Indian journal of veterinary science and animal husbandry - Volumes 22-23, 1952-1953
Year: 1952
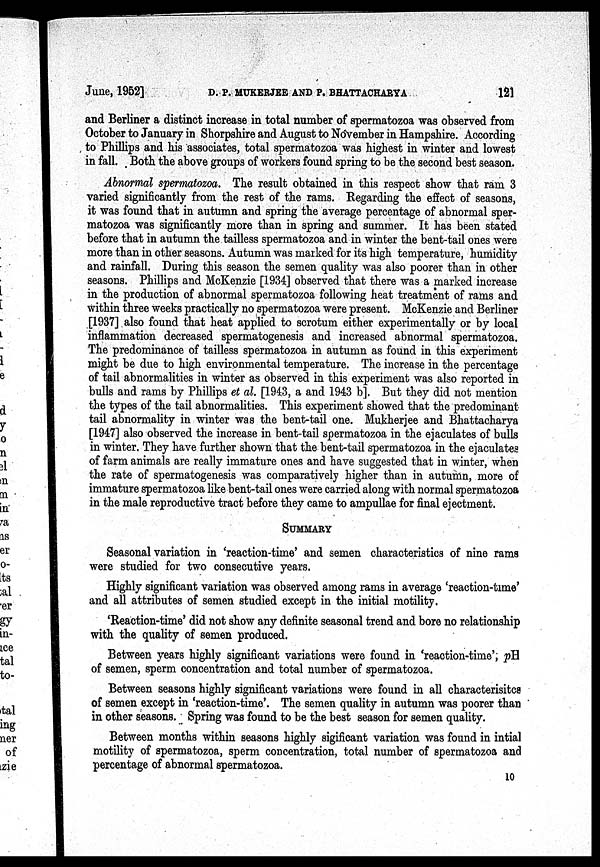
June, 1952] D. P. MUKHERJEE AND P. BHATTACHARYA 121
and Berliner a distinct increase in total number of spermatozoa was observed from
October to January in Shorpshire and August to November in Hampshire. According
to Phillips and his associates, total spermatozoa was highest in winter and lowest
in fall. Both the above groups of workers found spring to be the second best season.
Abnormal spermatozoa. The result obtained in this respect show that ram 3
varied significantly from the rest of the rams. Regarding the effect of seasons,
it was found that in autumn and spring the average percentage of abnormal sper-
matozoa was significantly more than in spring and summer. It has been stated
before that in autumn the tailless spermatozoa and in winter the bent-tail ones were
more than in other seasons. Autumn was marked for its high temperature, humidity
and rainfall. During this season the semen quality was also poorer than in other
seasons. Phillips and McKenzie [1934] observed that there was a marked increase
in the production of abnormal spermatozoa following heat treatment of rams and
within three weeks practically no spermatozoa were present. McKenzie and Berliner
[1937] also found that heat applied to scrotum either experimentally or by local
inflammation decreased spermatogenesis and increased abnormal spermatozoa.
The predominance of tailless spermatozoa in autumn as found in this experiment
might be due to high environmental temperature. The increase in the percentage
of tail abnormalities in winter as observed in this experiment was also reported in
bulls and rams by Phillips et al. [1943, a and 1943 b]. But they did not mention
the types of the tail abnormalities. This experiment showed that the predominant
tail abnormality in winter was the bent-tail one. Mukherjee and Bhattacharya
[1947] also observed the increase in bent-tail spermatozoa in the ejaculates of bulls
in winter. They have further shown that the bent-tail spermatozoa in the ejaculates
of farm animals are really immature ones and have suggested that in winter, when
the rate of spermatogenesis was comparatively higher than in autumn, more of
immature spermatozoa like bent-tail ones were carried along with normal spermatozoa
in the male reproductive tract before they came to ampullae for final ejectment.
SUMMARY
Seasonal variation in 'reaction-time' and semen characteristics of nine rams
were studied for two consecutive years.
Highly significant variation was observed among rams in average 'reaction-time'
and all attributes of semen studied except in the initial motility.
'Reaction-time' did not show any definite seasonal trend and bore no relationship
with the quality of semen produced.
Between years highly significant variations were found in 'reaction-time'; pH
of semen, sperm concentration and total number of spermatozoa.
Between seasons highly significant variations were found in all characterisitcs
of semen except in 'reaction-time'. The semen quality in autumn was poorer than
in other seasons. Spring was found to be the best season for semen quality.
Between months within seasons highly sigificant variation was found in intial
motility of spermatozoa, sperm concentration, total number of spermatozoa and
percentage of abnormal spermatozoa.
10